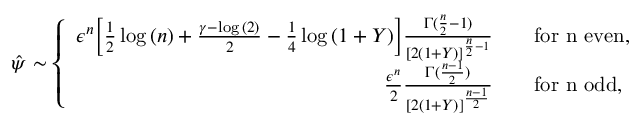
\hat { \psi } \sim \left\{ \begin{array} { r l } { \epsilon ^ { n } \bigg [ \frac { 1 } { 2 } \log { ( n ) } + \frac { \gamma - \log { ( 2 ) } } { 2 } - \frac { 1 } { 4 } \log { ( 1 + Y ) } \bigg ] \frac { \Gamma ( \frac { n } { 2 } - 1 ) } { [ 2 ( 1 + Y ) ] ^ { \frac { n } { 2 } - 1 } } } & { \quad \mathrm { f o r ~ n ~ e v e n } , } \\ { \frac { \epsilon ^ { n } } { 2 } \frac { \Gamma ( \frac { n - 1 } { 2 } ) } { [ 2 ( 1 + Y ) ] ^ { \frac { n - 1 } { 2 } } } } & { \quad \mathrm { f o r ~ n ~ o d d } , } \end{array} \right.